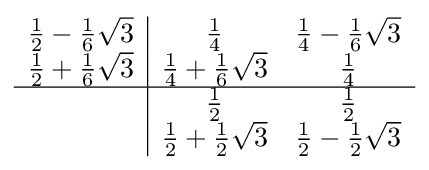
{\begin{array}{c|cc}{\frac {1}{2}}-{\frac {1}{6}}{\sqrt {3}}&{\frac {1}{4}}&{\frac {1}{4}}-{\frac {1}{6}}{\sqrt {3}}\\{\frac {1}{2}}+{\frac {1}{6}}{\sqrt {3}}&{\frac {1}{4}}+{\frac {1}{6}}{\sqrt {3}}&{\frac {1}{4}}\\\hline &{\frac {1}{2}}&{\frac {1}{2}}\\&{\frac {1}{2}}+{\frac {1}{2}}{\sqrt {3}}&{\frac {1}{2}}-{\frac {1}{2}}{\sqrt {3}}\end{array}}